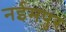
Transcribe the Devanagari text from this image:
नईमपुर